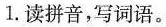
1.读拼音，写词语。